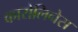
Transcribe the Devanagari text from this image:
कारोलिनेस